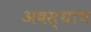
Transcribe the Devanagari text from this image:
अवस्थाच